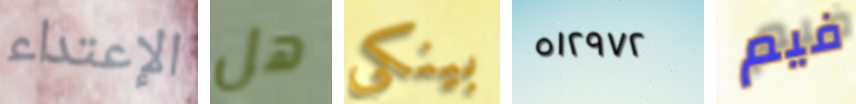
الإعتداء هل بينكي ٥١٢٩٧٢ فيم